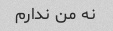
نه من ندارم